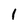
Character: 1